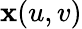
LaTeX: \mathbf{x}(u,v)